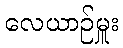
လေယာဉ်မှူး